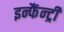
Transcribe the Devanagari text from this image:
इन्फैंन्ट्री